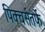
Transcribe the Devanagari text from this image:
पिक्चर्सतर्फे